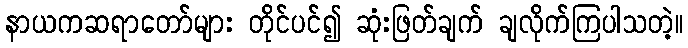
နာယကဆရာတော်များ တိုင်ပင်၍ ဆုံးဖြတ်ချက် ချလိုက်ကြပါသတဲ့။